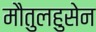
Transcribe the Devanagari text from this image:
मौतुलहुसेन